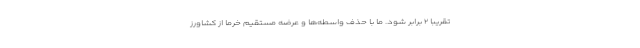
تقریبا ۲ برابر شود. ما با حذف واسطه‌ها و عرضه مستقیم خرما از کشاورز